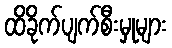
ထိခိုက်ပျက်စီးမှုများ